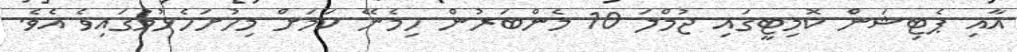
އާއި ޕެޓިޝަން ކޮމިޓީގައި ޖުމްލަ 10 މެންބަރުން ހިމެނޭ ކަމަށް މިހުށަހެޅުމުގައިވެ އެވެ.